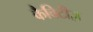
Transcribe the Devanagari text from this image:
कैविटीज़